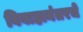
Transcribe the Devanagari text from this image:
विवाहानंतरचे